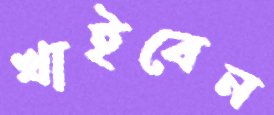
খাইবেন